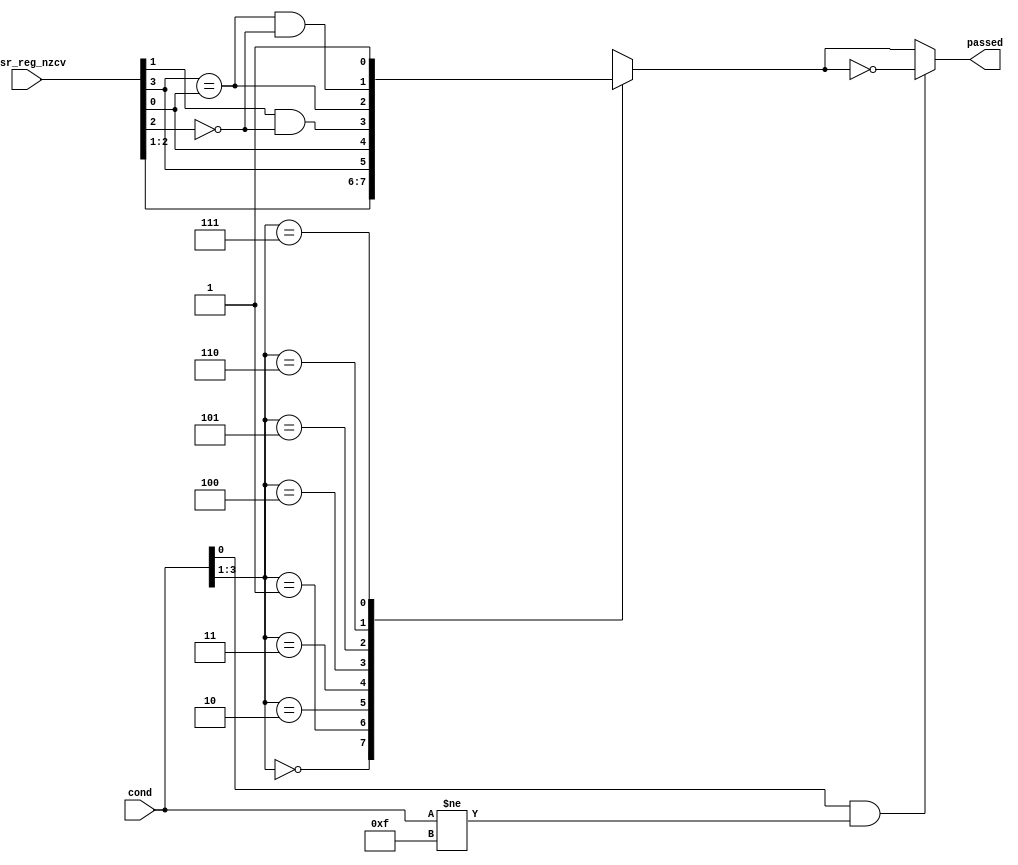
module cond_pass(
    input [3:0]cond,
    input [3:0]apsr_reg_nzcv,
    output passed);
reg pass_tmp;

always @ (cond or apsr_reg_nzcv)begin
    case(cond[3:1])
        3'b000:pass_tmp = (apsr_reg_nzcv[2]);   //EQ or NE
        3'b001:pass_tmp = (apsr_reg_nzcv[1]);   //CS or CC
        3'b010:pass_tmp = (apsr_reg_nzcv[3]);   //MI or PL
        3'b011:pass_tmp = (apsr_reg_nzcv[0]);   //VS or VC
        3'b100:pass_tmp = (apsr_reg_nzcv[1] & ~apsr_reg_nzcv[2]);   //HI or LS
        3'b101:pass_tmp = (apsr_reg_nzcv[3] == apsr_reg_nzcv[0]);   //GE or LT
        3'b110:pass_tmp = (apsr_reg_nzcv[3] == apsr_reg_nzcv[0]) & ~apsr_reg_nzcv[2];   //GT or LE
        3'b111:pass_tmp = 1'b1; //AL
    endcase
end
assign passed = ( (cond[0] == 1'b1) && (cond != 4'b1111) ) ? ~pass_tmp : pass_tmp;

endmodule